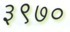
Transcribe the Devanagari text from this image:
३९७०